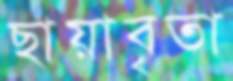
ছায়াবৃতা